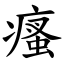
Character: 瘙